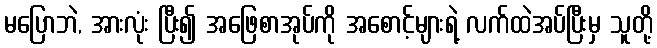
မပြောဘဲ, အားလုံး ပြီး၍ အဖြေစာအုပ်ကို အစောင့်များရဲ့ လက်ထဲအပ်ပြီးမှ သူတို့